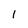
Character: l